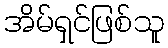
အိမ်ရှင်ဖြစ်သူ